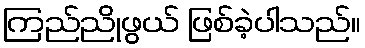
ကြည်ညိုဖွယ် ဖြစ်ခဲ့ပါသည်။